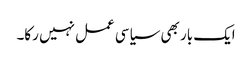
ایک بار بھی سیاسی عمل نہیں رکا۔